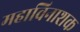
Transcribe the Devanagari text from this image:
महाविनाशक